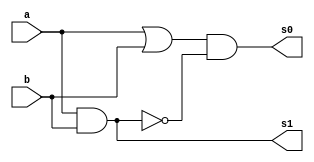
//-- Felipe Pacfico
//-- 389868
//-- guia03_01



// ---------------------
// -- meia soma
// ---------------------

module meiasoma (s0, s1, a, b);
 output s0, s1;
 input  a, b;
 wire s2,s3;
 
 or orgate1(s2, a, b);
 nand nandgate1 (s3, a, b);    // DEVERIA TER USADO UMA not
 and andgate1( s1, a, b);
 and andgate2 (s0, s2, s3);


endmodule // meia soma


// -- test meia soma and


module testmeiasoma;
 reg   a, b;             
 wire  s0, s1;
 // instancia
 meiasoma MEIASOMA1 (s0, s1, a, b);

 initial begin:start
      a=0; b=0;
 end

          // parte principal
 initial begin:main
      $display("Felipe Pacifico -- 389868");
      $display("Test Meia Soma gate");
      $display("\n a & b = s0 s1\n");
      $monitor(" %b & %b = %b %b", a, b, s0, s1);
  #1  a=0; b=1; 
  #1  a=1; b=0; 
  #1  a=1; b=1; 
  
 end

endmodule // testmeiasoma